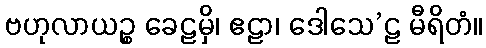
ဗဟုလာယဉ္စ ခေဠမှိ၊ ဧဠာ၊ ဒေါသေ’ဠ မီရိတံ။